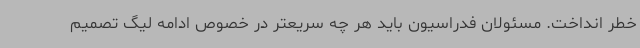
خطر انداخت. مسئولان فدراسیون باید هر چه سریعتر در خصوص ادامه لیگ تصمیم